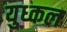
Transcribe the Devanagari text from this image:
युध्कल